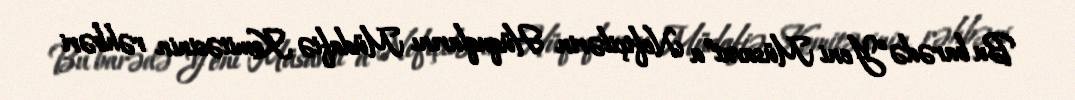
Bu barədə “Yeni Müsavat”a Neftçilərin Hüquqlarını Müdafiə Komitəsinin rəhbəri